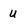
Character: u